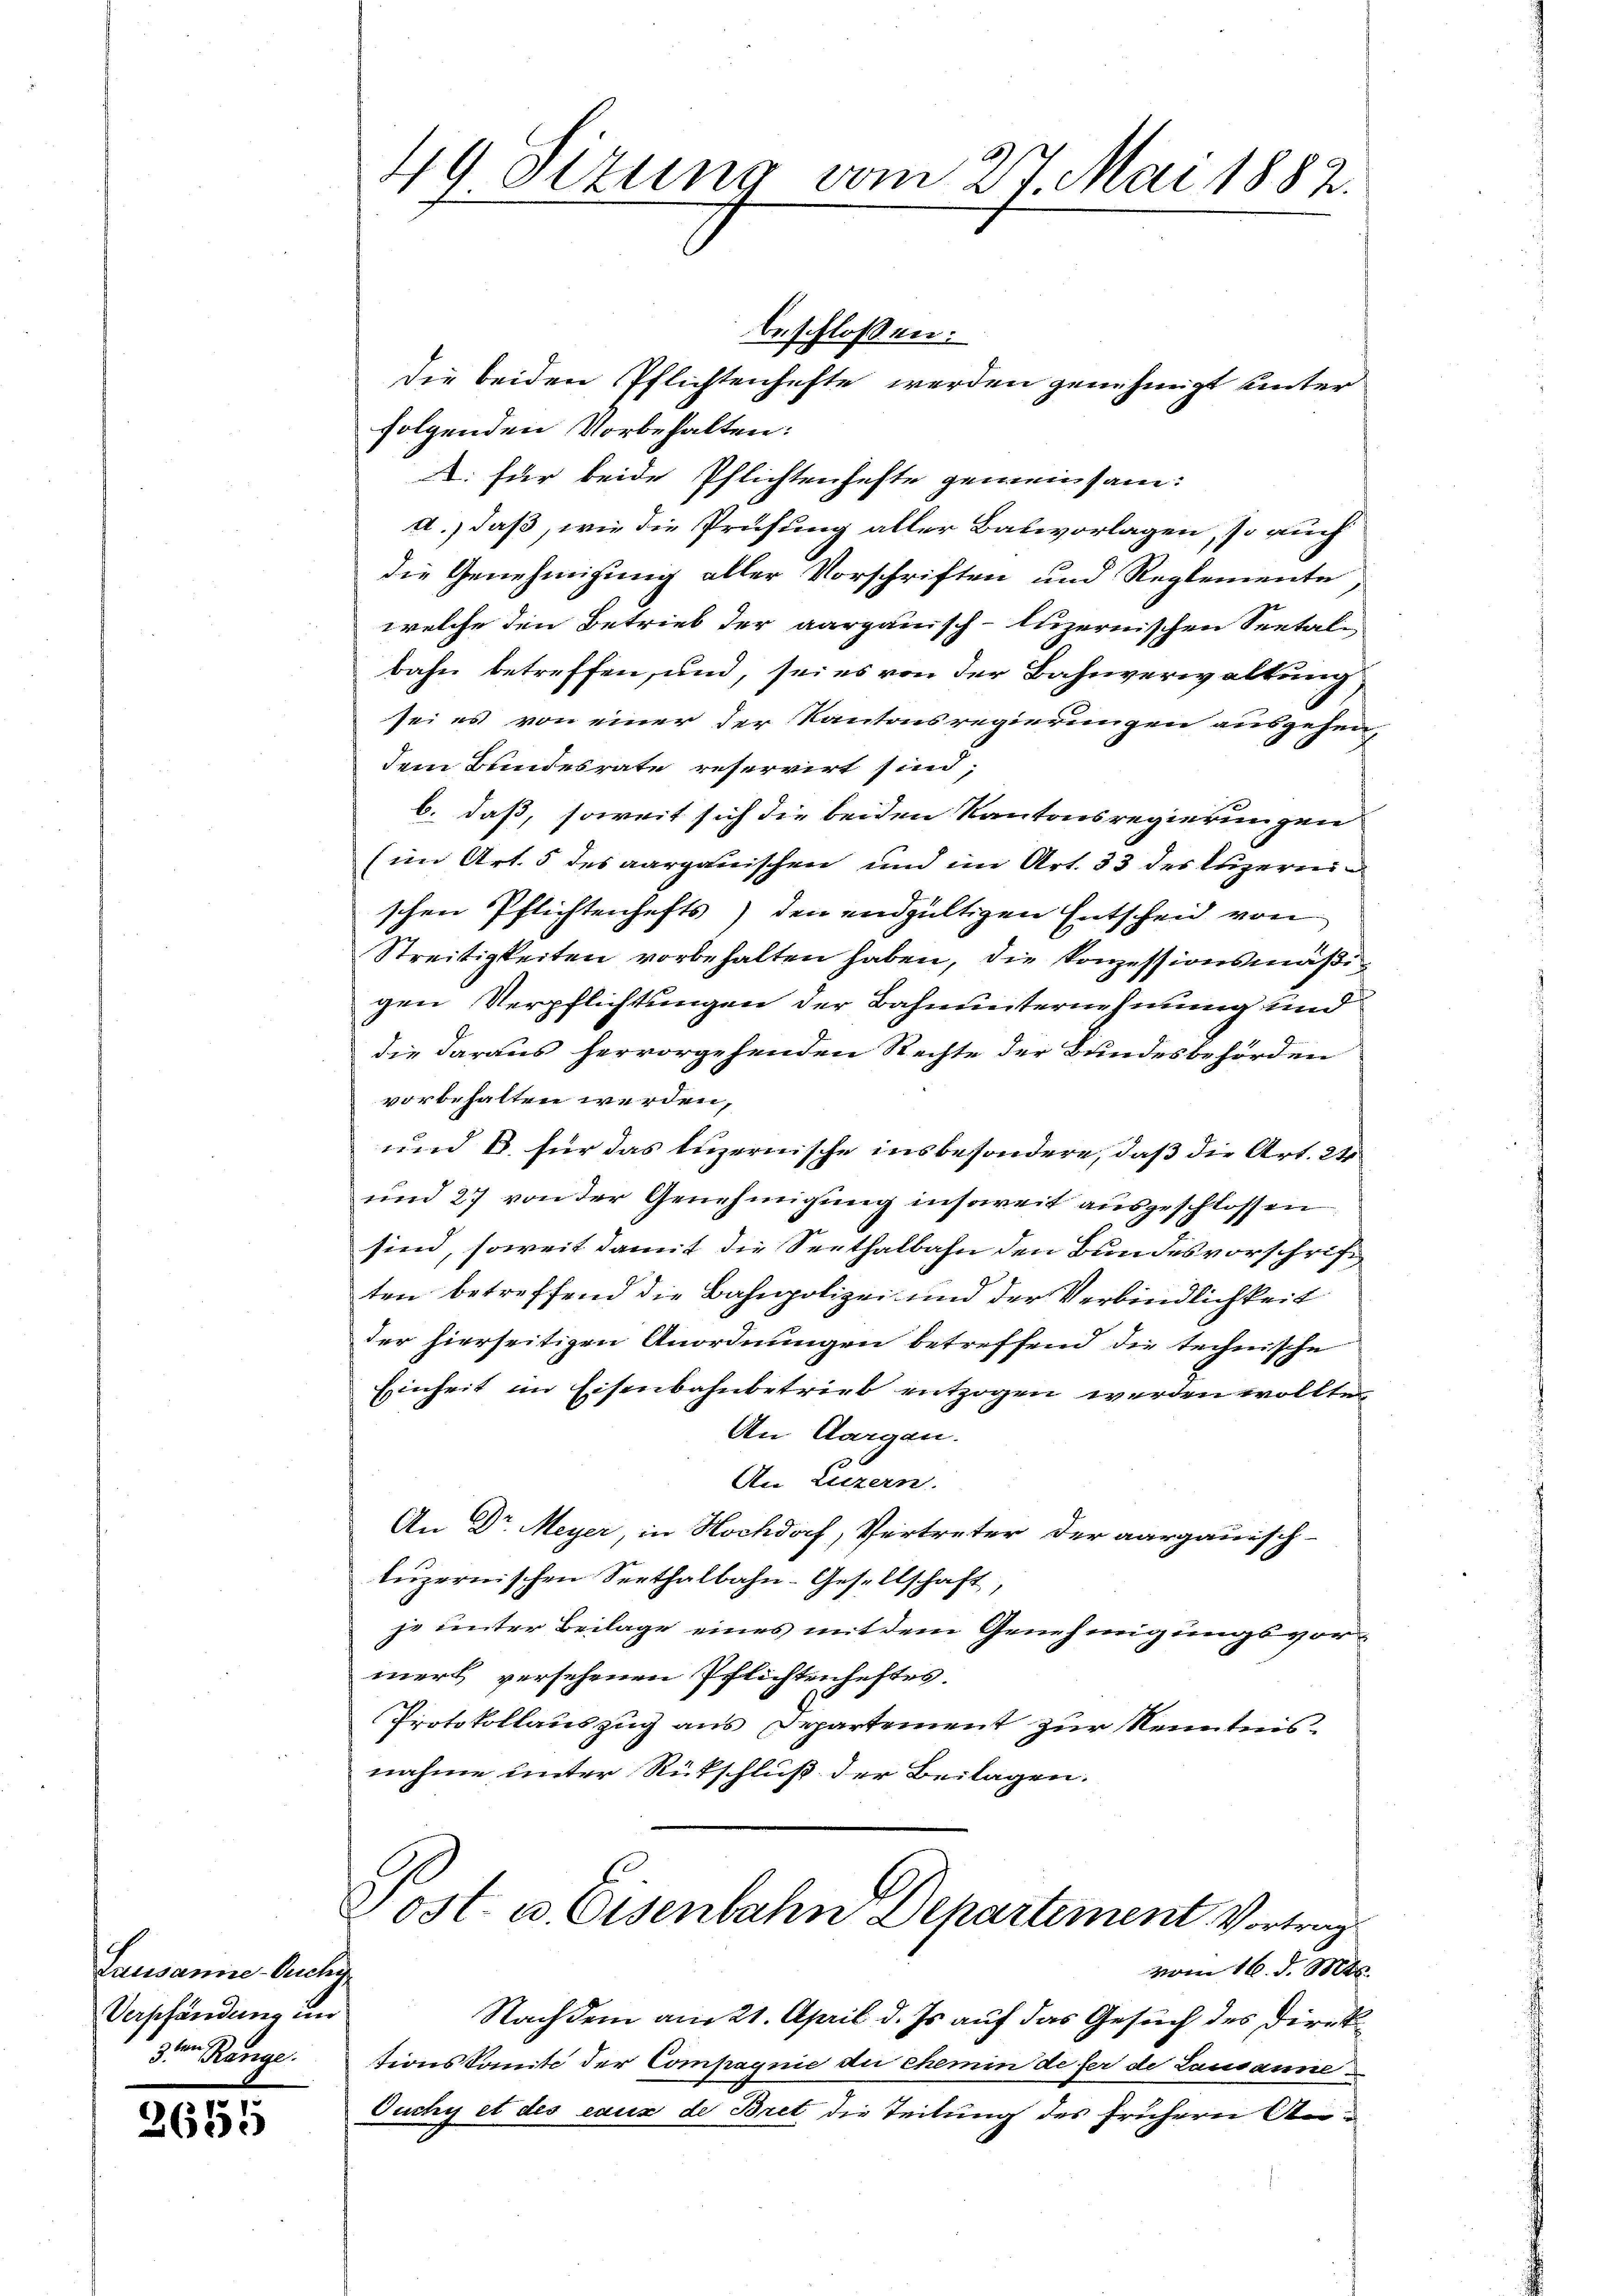
Lausanne-Ouchy
Verpfändung in
3ten Range.

2651

beschlossen:
die beiden Pflichtenhefte werden genehmigt unter
folgenden Vorbehalten:
2. für beide Pflichtenhefte gemeinsam:
A., daß, wie die Prüfung aller Bahnvorlagen, so auch
die Genehmigung aller Vorschriften und Reglemente,
welche den Betrieb der aargauisch-luzernischen Seetal-
bahn betreffen, und, sei es von der Bahnverwaltung
sei es von einer der Kantonsregierungen ausgehen,
dem Bundesrate reservirt sind;
b. daß, soweit sich die beiden Kantonsregierungen
(im Art. 5 des aargauischen und im Art. 33 des Luzern
schen Pflichtenhefts) den endgültigen Entscheid von
Streitigkeiten vorbehalten haben, die Konzessionsmäßigen Verpflichtungen der Bahnunternehmung und
die daraus hervorgehenden Rechte der Bundesbehörden
vorbehalten werden,
wird es für das Luzernische insbesondere, daß die Art. 24
und 27 von der Genehmigung insoweit ausgeschlossen
sind, soweit damit die Seethalbahn den Bundesvorschrift
ten betreffend die Bahnpolizei und der Verbindlichkeit
der hierseitigen Anordnungen betreffend die technische
Einheit im Eisenbahnbetrieb entzogen werden wollte,
An Aargau.
An Luzern.
An Dr. Meyer, in Hochdorf, Vertreter der aargauisch-
luzernischen Seethalbahn-Gesellschaft,
je unter Beilage eines mit dem Genehmigungsvormert versehenen Pflichtenheftes.
Protokollauszug aus Departement zur Kenntnis.
nahme unter Rütschluß der Beilagen.

49 Sizung vom 27. Mai 1882.

Post- u. Eisenbahn Departement Vortrag
vom 16. d. Mts.

Nachdem am 21. April d. Js. auf das Gesuch des Direk
tionskomit der Compagnie du chemin de fer de Lausanne
Ouchy et des eaux de Bret die Teilung des frühern An¬